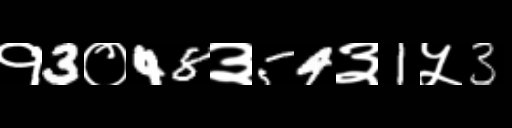
Text: १3०48३54३1५3